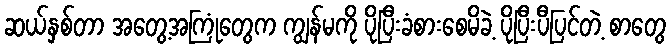
ဆယ်နှစ်တာ အတွေ့အကြုံတွေက ကျွန်မကို ပိုပြီးခံစားစေမိခဲ့ ပိုပြီးပီပြင်တဲ့ စာတွေ